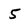
Character: 5